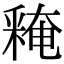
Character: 𨤕